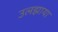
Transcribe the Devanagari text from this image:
उलझाया